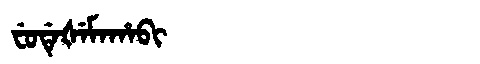
Manchu: ᠸᡠᡩᡝᡧᡝᠮᠠᡥᠠᠪᡳ
Romanization: FUDEŠEMAHABI